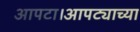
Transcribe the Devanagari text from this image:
आपटा।आपट्याच्या